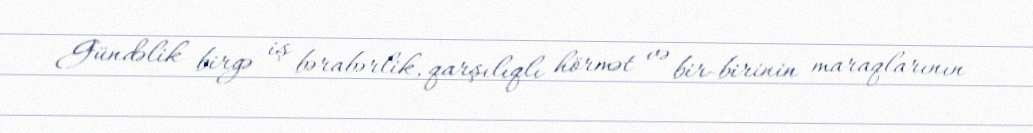
Gündəlik birgə iş bərabərlik, qarşılıqlı hörmət və bir-birinin maraqlarının